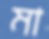
মা